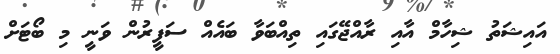
އައިޝަތު ޝިހާމް އާއި ރާއްޖޭގައި ތިއްބަވާ ބައެއް ސަފީރުން ވަނީ މި ބޯޓަށް